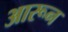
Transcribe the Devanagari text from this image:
आरून